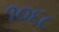
૧૦૬૮